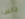
جالسا